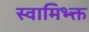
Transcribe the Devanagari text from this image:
स्वामिभ्क्त